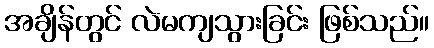
အချိန်တွင် လဲမကျသွားခြင်း ဖြစ်သည်။